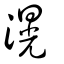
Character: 滉